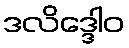
ဒလိဒ္ဒေါဝ